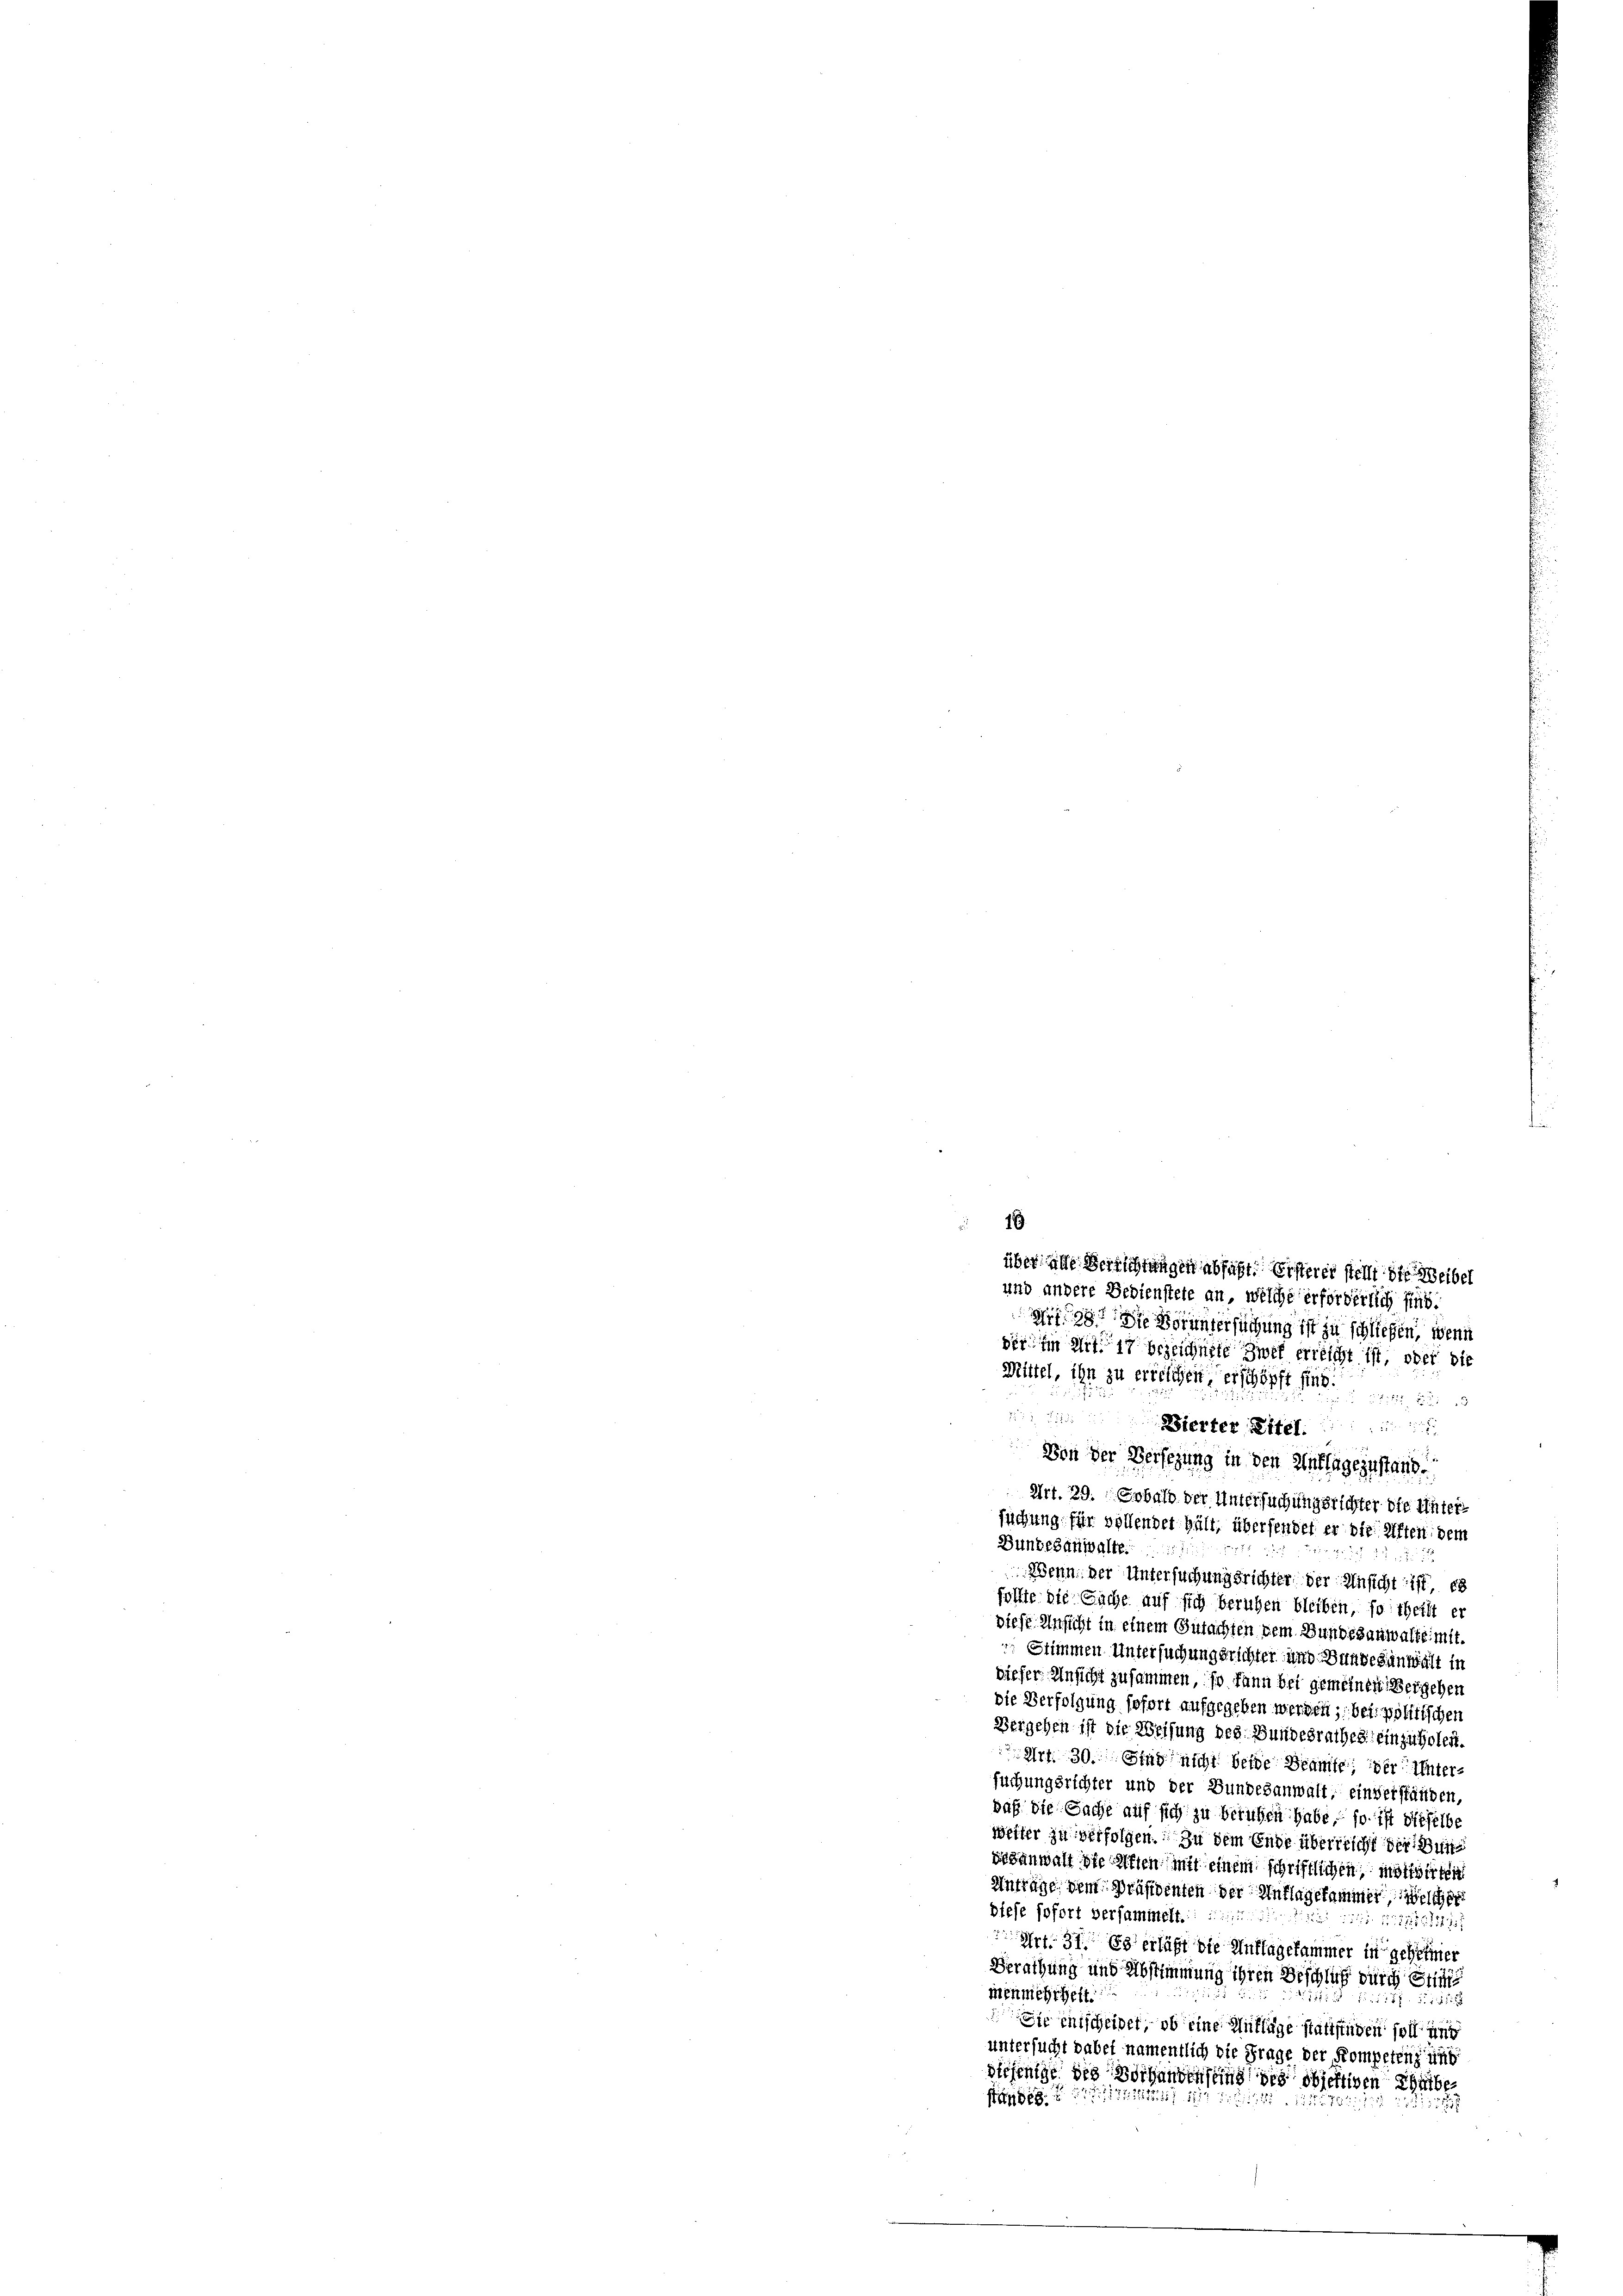
1
über ache Verrichtungen abfaßt. Ersterer stellt die Weibel
und andere Bedienstete an, welche erforderlich sind.

if. 98. Die Voruntersuchung ist zu schließen, wenn
der in eitlich bezeichnete Zwek erreicht ist, oder die
Mittel, ihn zu erreichen erschöpft sind.
2 x 3
ierter Eitel.
Von der Versezung in den Auflagezustand.
Art. 29. Sobald der Untersuchungsrichter die Untersuchung für vollender hält, übersender er die Giften dem
Bundesanwalte.

Wenn der Untersuchungsrichter der Ansicht ist es
sollte die Sache auf sich beruhen bleiben, so theilt er
diese Ansicht in einem Gutachten dem Bundesanwalte mit.
 Stimmen Untersuchungsrichter und Bundesanwalt in
diefer Ansicht zusammen, so kann bei gemeinen Vergehen
die Verfolgung sofort aufgegeben werden; bei politischen
Bergehen ist die Weisung des Bundesrathes einzuholent.
 Art. 30. Stag nicht beide Beamte: der Untersuchungsrichter und der Bundesanwalt, einverständen,
daß die Sache auf sich zu beruhen habe, so ist dieselbe
Weiter zu verfolgen. Zu dem Ende überrricht der Bundesanwalt die Riffen mit einem schriftlichen, motivirten
Anträge dem Präsidenten der Auflagekammer welcher
diese sofort versammelt.:
Nr. 152521247/
Art. 37. Es erläßt die Auflagekammer in geheimer
Berathung und Abstimmung ihren Beschluß durch Stimmenmehrheit.
87. 2111
Sie entscheider, ob eine Mittage stattfinden soll und
untersucht dabei namentlich die Frage der Kompetenz und
diejenige die Vorhanden sind des objektiven Schulbe
n14/11